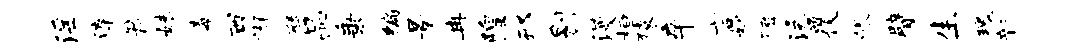
淫淳箭妹毒西懈僭品秉编景冉隍邢剔漫桓猿卒言妙磴泳覆帐臂生瑰新